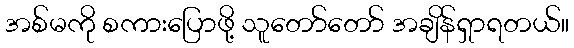
အစ်မကို စကားပြောဖို့ သူတော်တော် အချိန်ရှာရတယ်။